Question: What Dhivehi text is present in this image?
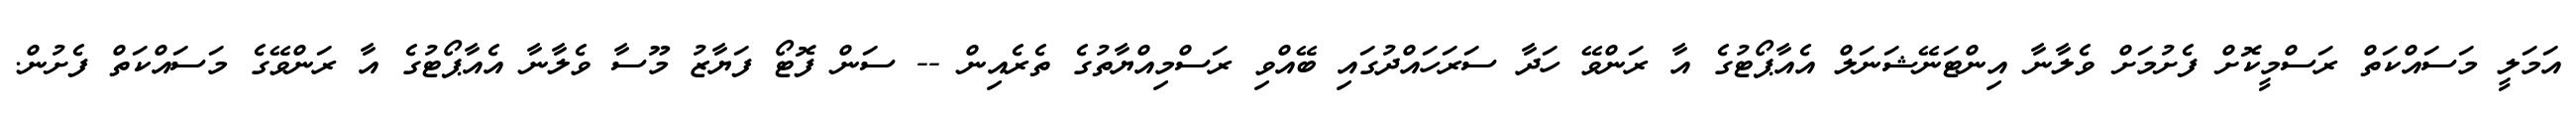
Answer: އަމަލީ މަސައްކަތް ރަސްމީކޮށް ފެށުމަށް ވެލާނާ އިންޓަނޭޝަނަލް އެއާޕޯޓުގެ އާ ރަންވޭ ހަދާ ސަރަހައްދުގައި ބޭއްވި ރަސްމިއްޔާތުގެ ތެރެއިން -- ސަން ފޮޓޯ ފަޔާޒު މޫސާ ވެލާނާ އެއާޕޯޓުގެ އާ ރަންވޭގެ މަސައްކަތް ފެށުން.